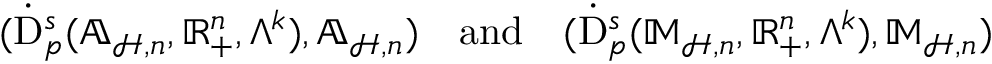
\begin{array} { r } { ( \dot { \mathrm { D } } _ { p } ^ { s } ( \mathbb { A } _ { \mathcal { H } , \mathfrak { n } } , \mathbb { R } _ { + } ^ { n } , \Lambda ^ { k } ) , \mathbb { A } _ { \mathcal { H } , \mathfrak { n } } ) \quad \mathrm { a n d } \quad \mathrm { ( } \dot { \mathrm { D } } _ { p } ^ { s } ( \mathbb { M } _ { \mathcal { H } , \mathfrak { n } } , \mathbb { R } _ { + } ^ { n } , \Lambda ^ { k } ) , \mathbb { M } _ { \mathcal { H } , \mathfrak { n } } ) } \end{array}